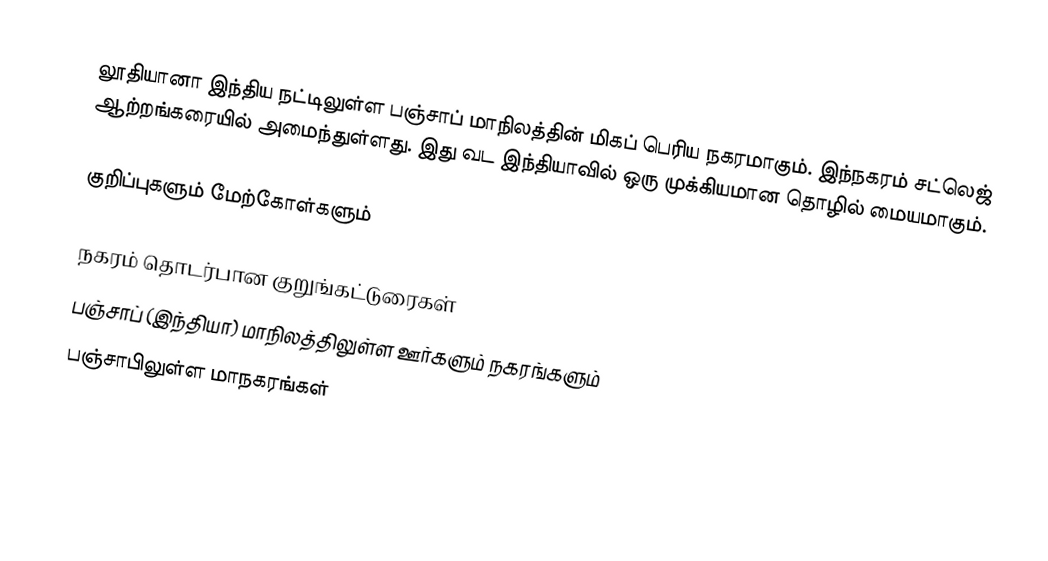
லூதியானா இந்திய நட்டிலுள்ள பஞ்சாப் மாநிலத்தின் மிகப் பெரிய நகரமாகும். இந்நகரம் சட்லெஜ் ஆற்றங்கரையில் அமைந்துள்ளது. இது வட இந்தியாவில் ஒரு முக்கியமான தொழில் மையமாகும்.

குறிப்புகளும் மேற்கோள்களும்

நகரம் தொடர்பான குறுங்கட்டுரைகள்
பஞ்சாப் (இந்தியா) மாநிலத்திலுள்ள ஊர்களும் நகரங்களும்
பஞ்சாபிலுள்ள மாநகரங்கள்